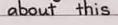
about this